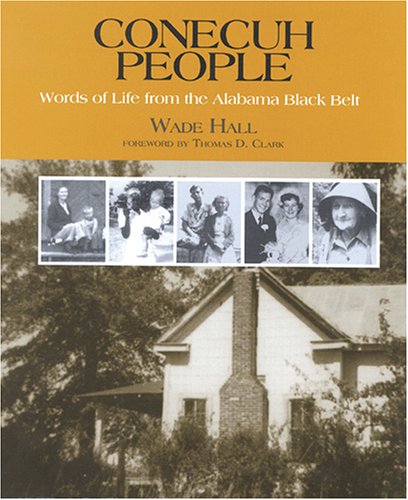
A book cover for Conecuh People: Words Of Life From The Alabama Black Belt; Wade Hall; Humor & Entertainment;